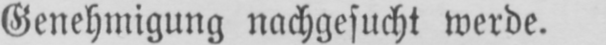
Genehmigung nachgesucht werde.